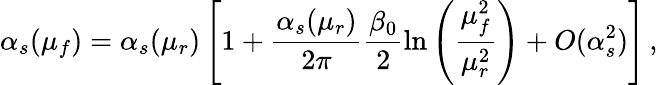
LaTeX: \alpha_{s}(\mu_{f})=\alpha_{s}(\mu_{r})\left[1+\frac{\alpha_{s}(\mu_{r})}{2\pi}\frac{\beta_{0}}{2}\ln\left(\frac{\mu_{f}^{2}}{\mu_{r}^{2}}\right)+O(\alpha_{s}^{2})\right]\, ,